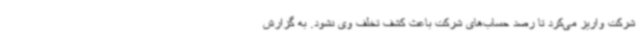
شرکت واریز می‌کرد تا رصد حساب‌های شرکت باعث کشف تخلف وی نشود. به گزارش